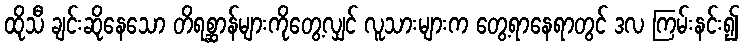
ထိုသီ ချင်းဆိုနေသော တိရစ္ဆာန်များကိုတွေ့လျှင် လူသားများက တွေ့ရာနေရာတွင် ဒလ ကြမ်းနင်း၍